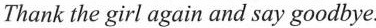
Thank the girl again and say goodbye.